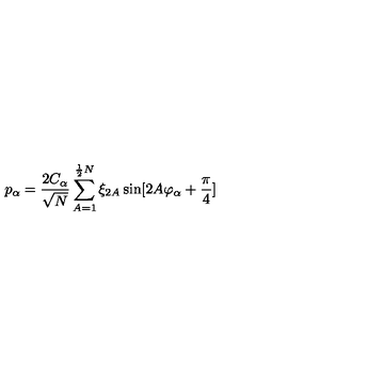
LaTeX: p _ { \alpha } = \frac { 2 C _ { \alpha } } { \sqrt { N } } \sum _ { A = 1 } ^ { \frac { 1 } { 2 } N } \xi _ { 2 A } \sin [ 2 A \varphi _ { \alpha } + \frac { \pi } { 4 } ]